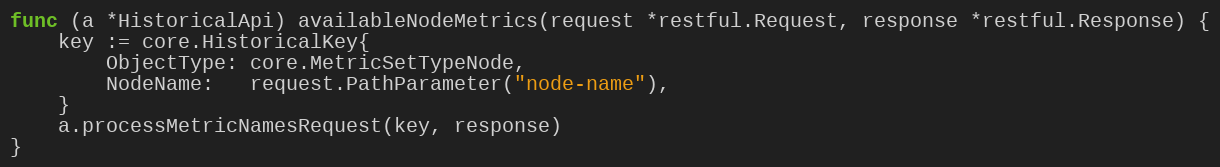
Language: Go
func (a *HistoricalApi) availableNodeMetrics(request *restful.Request, response *restful.Response) {
	key := core.HistoricalKey{
		ObjectType: core.MetricSetTypeNode,
		NodeName:   request.PathParameter("node-name"),
	}
	a.processMetricNamesRequest(key, response)
}